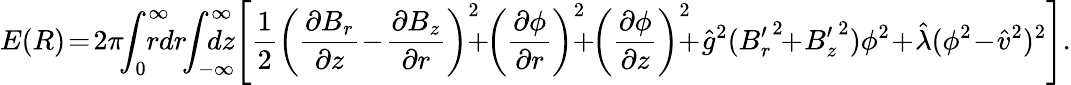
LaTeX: E(R)\! =\! 2\pi\! \! \int_{0}^{\infty}\! \! \! \! \! \! rdr\! \! \int_{-\infty}^{\infty}\! \! \! \! \! \! \! dz\! \left[\frac{1}{2}\left(\frac{\partial B_{r}}{\partial z}\! -\! \frac{\partial B_{z}}{\partial r}\right)^{2}\! \! \! \! +\! \! \left(\frac{\partial\phi}{\partial r}\right)^{2}\! \! \! \! +\! \! \left(\frac{\partial\phi}{\partial z}\right)^{2}\! \! \! \! +\! \hat{g}^{2}({B_{r}^{\prime}}^{2}\! \! +\! {B_{z}^{\prime}}^{2})\phi^{2}\! +\! \hat{\lambda}(\phi^{2}\! -\! \hat{v}^{2})^{2}\right].